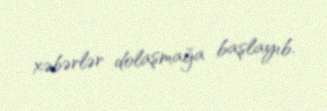
xəbərlər dolaşmağa başlayıb.